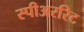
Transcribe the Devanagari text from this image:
स्पीअररिट